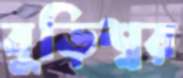
বুড়িশ্বর